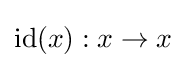
{\text{id}}(x):x\to x